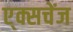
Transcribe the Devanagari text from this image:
ए्क्सचेंज